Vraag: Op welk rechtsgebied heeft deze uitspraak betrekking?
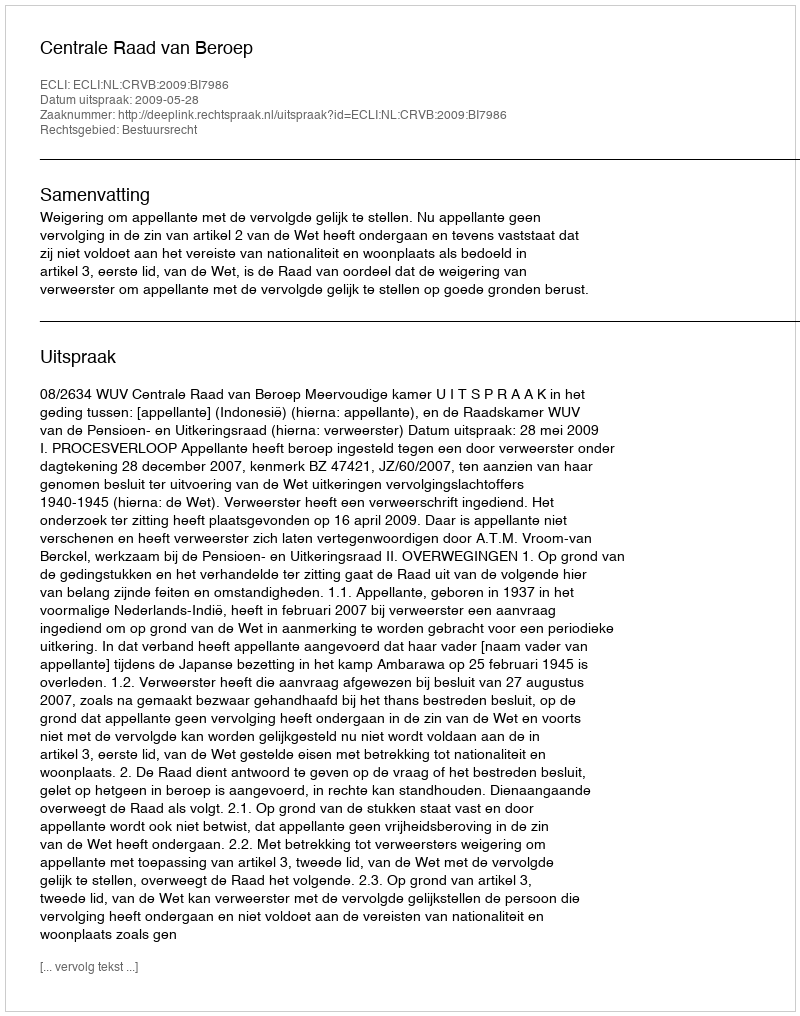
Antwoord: Bestuursrecht